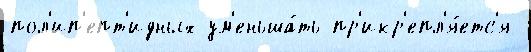
пол'ип'епт'идных ум'еньша́ть пр'икр'епл'я́етс'я